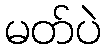
မတ်ပဲ